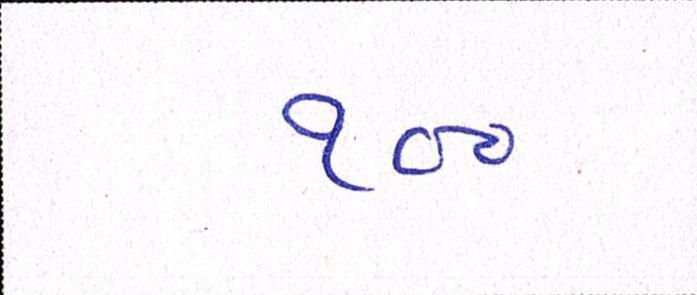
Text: ૧૦૦